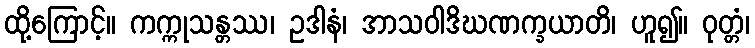
ထို့ကြောင့်။ ကက္ကုသန္တဿ၊ ဥဒါနံ၊ အာသဝါဒိဃဏက္ခယာတိ၊ ဟူ၍။ ဝုတ္တံ၊